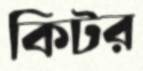
কিটর